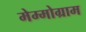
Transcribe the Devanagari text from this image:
मेम्मोग्राम